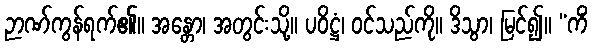
ဉာဏ်ကွန်ရက်၏။ အန္တော၊ အတွင်းသို့။ ပဝိဋ္ဌံ၊ ဝင်သည်ကို။ ဒိသွာ၊ မြင်၍။ “ကိံ